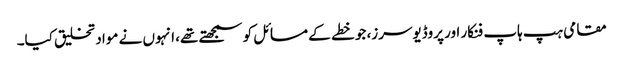
مقامی ہپ ہاپ فنکار اور پروڈیوسرز، جو خطے کے مسائل کو سمجھتے تھے، انہوں نے مواد تخلیق کیا۔